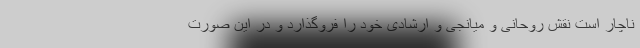
ناچار است نقش روحانی و میانجی و ارشادی خود را فرو‌گذارد و در این صورت